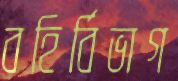
বহির্বিভাগ